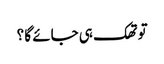
تو تھک ہی جائے گا ؟